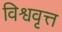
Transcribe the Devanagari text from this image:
विश्ववृत्त